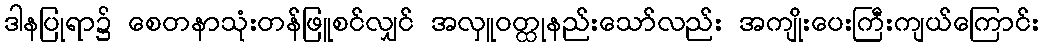
ဒါနပြုရာ၌ စေတနာသုံးတန်ဖြူစင်လျှင် အလှူဝတ္ထုနည်းသော်လည်း အကျိုးပေးကြီးကျယ်ကြောင်း